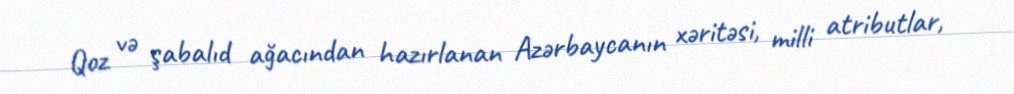
Qoz və şabalıd ağacından hazırlanan Azərbaycanın xəritəsi, milli atributlar,